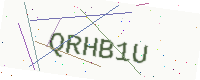
Text: QRHB1U